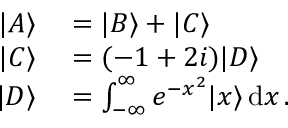
\begin{array} { r l } { | A \rangle } & { { } = | B \rangle + | C \rangle } \\ { | C \rangle } & { { } = ( - 1 + 2 i ) | D \rangle } \\ { | D \rangle } & { { } = \int _ { - \infty } ^ { \infty } e ^ { - x ^ { 2 } } | x \rangle \, \mathrm { d } x \, . } \end{array}